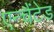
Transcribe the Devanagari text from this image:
एन्चैंटेड